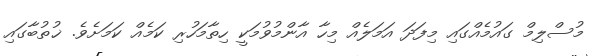
މުސްލިމް ގައުމެއްގައި މިފަދަ އަމަލެއް މިހާ އާންމުވުމަކީ ހިތާމަހުރި ކަމެއް ކަމަށެވެ. ޚުތުބާގައި